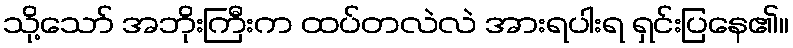
သို့သော် အဘိုးကြီးက ထပ်တလဲလဲ အားရပါးရ ရှင်းပြနေ၏။